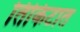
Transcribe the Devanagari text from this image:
तिकिटात